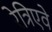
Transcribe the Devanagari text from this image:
रेत्रिएवे